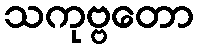
သကုဗ္ဗတော